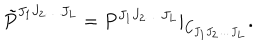
{ \tilde { P } } ^ { J _ { 1 } J _ { 2 } \ldots J _ { L } } = P ^ { J _ { 1 } J _ { 2 } \ldots J _ { L } } | _ { C _ { J _ { 1 } J _ { 2 } \ldots J _ { L } } } .